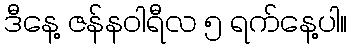
ဒီနေ့ ဇန်နဝါရီလ ၅ ရက်နေ့ပါ။